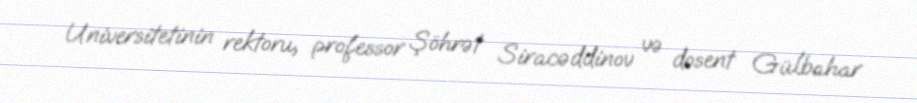
Universitetinin rektoru, professor Şöhrət Siracəddinov və dosent Gülbahar